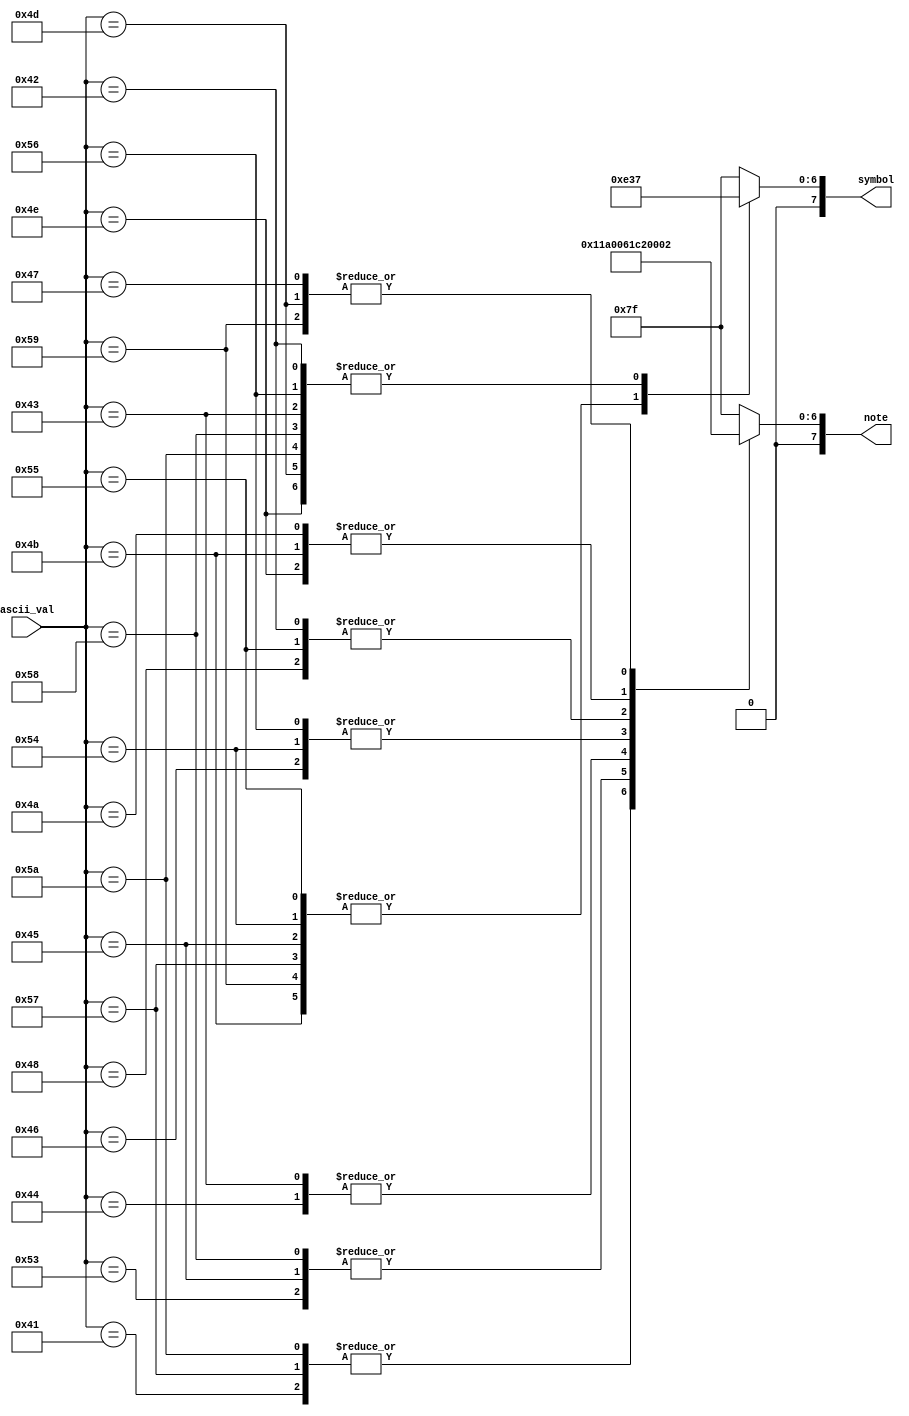
module show_key (ascii_val, note, symbol);
	input [6:0] ascii_val;
	output reg [7:0] symbol;
	output reg [7:0] note;

	// drawing key based on the key that was clicked
	always @(*)
	begin: display_notes
		// default case -> don't display anything
		note = 7'b1111111;
		symbol = 7'b1111111;
		// @ROBERT -- YOU CAN EDIT THESE DISPLAYS BASED ON WHAT YOU THINK THE NOTES SHOULD BE
		case(ascii_val)
			7'd65: begin // This note is: C
				   note = 7'b1000110;
				   end
			7'd87: begin // This note is: C sharp
				   note = 7'b1000110;
				   symbol = 7'b0011100;
				   end
			7'd90: begin // This note is: C beta
				   note = 7'b1000110;
				   symbol = 7'b0110111;
				   end
			7'd83: begin // This note is: D
				   note = 7'b1000000;
				   end
			7'd69: begin // This note is: D sharp
				   note = 7'b1000000;
				   symbol = 7'b0011100;
				   end
			7'd88: begin // This note is: D beta
				   note = 7'b1000000;
				   symbol = 7'b0110111;
				   end
			7'd68: begin // This note is: E
				   note = 7'b0000110;
				   end
			7'd67: begin // This note is: E beta
				   note = 7'b0000110;
				   symbol = 7'b0110111;
				   end
			7'd70: begin // This note is: F
				   note = 7'b0001110;
				   end
			7'd84: begin // This note is: F sharp
				   note = 7'b0001110;
				   symbol = 7'b0011100;
				   end
			7'd86: begin // This note is: F beta
				   note = 7'b0001110;
				   symbol = 7'b0110111;
				   end
			7'd72: begin // This note is: A
				   note = 7'b0001000;
				   end
			7'd85: begin // This note is: A sharp
				   note = 7'b0001000;
				   symbol = 7'b0011100;
				   end
			7'd66: begin // This note is: A beta
				   note = 7'b0001000;
				   symbol = 7'b0110111;
				   end
			7'd74: begin // This note is: B
				   note = 7'b0000000;
				   end
			7'd78: begin // This note is: B beta
				   note = 7'b0000000;
				   symbol = 7'b0110111;
				   end
			7'd75: begin // This note is: B sharp
				   note = 7'b0000000;
				   symbol = 7'b0011100;
				   end
			7'd71: begin // This note is: G
				   note = 7'b0000010;
				   end
			7'd89: begin // This note is G sharp
				   note = 7'b0000010;
				   symbol = 7'b0011100;
				   end
			7'd77: begin // This note is G beta
				   note = 7'b0000010;
				   symbol = 7'b0110111;
				   end
		endcase

	end	
endmodule